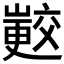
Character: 𭗟